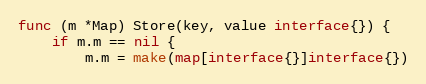
Language: Go
func (m *Map) Store(key, value interface{}) {
	if m.m == nil {
		m.m = make(map[interface{}]interface{})